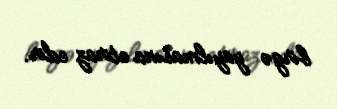
birgə yayılmasına etiraz edir.